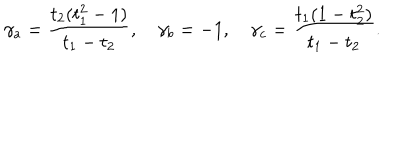
\gamma _ { a } = { \frac { t _ { 2 } ( t _ { 1 } ^ { 2 } - 1 ) } { t _ { 1 } - t _ { 2 } } } , \quad \gamma _ { b } = - 1 , \quad \gamma _ { c } = { \frac { t _ { 1 } ( 1 - t _ { 2 } ^ { 2 } ) } { t _ { 1 } - t _ { 2 } } } .